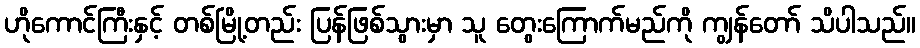
ဟိုကောင်ကြီးနှင့် တစ်မြို့တည်း ပြန်ဖြစ်သွားမှာ သူ တွေးကြောက်မည်ကို ကျွန်တော် သိပါသည်။